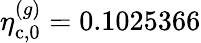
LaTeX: \eta_{\mathrm{c},0}^{(g)}=0.1025366